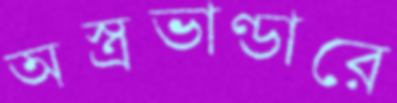
অস্ত্রভাণ্ডারে